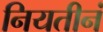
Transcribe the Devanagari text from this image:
नियतीनं